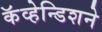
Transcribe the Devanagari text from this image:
कॅव्हेन्डिशने